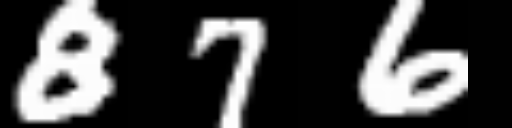
Text: 876